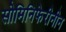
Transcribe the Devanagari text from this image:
सोमिनिफेरीनीन